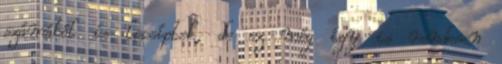
számából is lecsíptek, de ez még így is rendesen